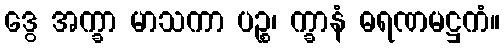
ဒွေ အက္ခာ မာသကာ ပဉ္စ၊ က္ခာနံ ဓရဏမဋ္ဌကံ။